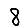
Digit: 8